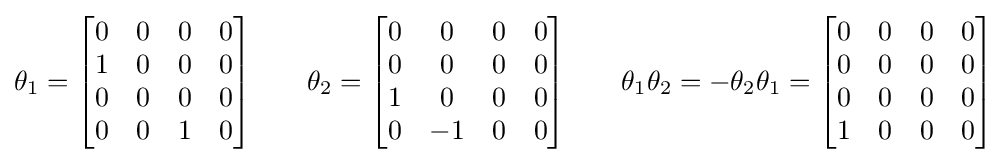
\theta _{1}={\begin{bmatrix}0&0&0&0\\1&0&0&0\\0&0&0&0\\0&0&1&0\end{bmatrix}}\qquad \theta _{2}={\begin{bmatrix}0&0&0&0\\0&0&0&0\\1&0&0&0\\0&-1&0&0\end{bmatrix}}\qquad \theta _{1}\theta _{2}=-\theta _{2}\theta _{1}={\begin{bmatrix}0&0&0&0\\0&0&0&0\\0&0&0&0\\1&0&0&0\end{bmatrix}}